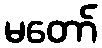
မတော်